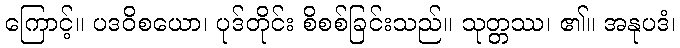
ကြောင့်။ ပဒဝိစယော၊ ပုဒ်တိုင်း စိစစ်ခြင်းသည်။ သုတ္တဿ၊ ၏။ အနုပဒံ၊